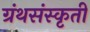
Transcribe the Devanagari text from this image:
ग्रंथसंस्‍कृती